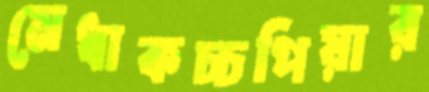
মেধাকচ্চপিয়ার